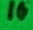
Text: 11